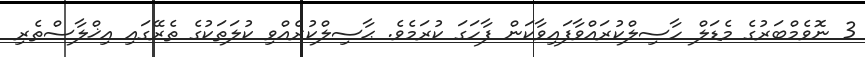
3 ނޮވެމްބަރުގެ މެޑަލް ހާސިލްކުރައްވާފައިވާކަން ފާހަގަ ކުރަމެވެ. ޙާސިލްކުރެއްވި ކުލަތަކުގެ ތެރޭގައި އިޚްލާސްތެރި